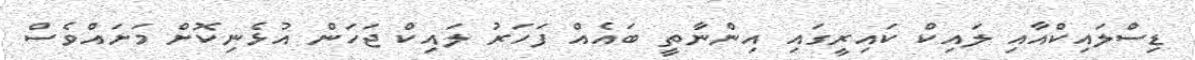
ޑިސްލައިކްއާއި ލައިކް ކައިރީގައި އިންނާތީ ބައެއް ފަހަރު ލައިކް ޖަހަން އުޅެނިކޮށް މަށައްވެސް